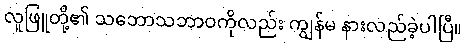
လူဖြူတို့၏ သဘောသဘာဝကိုလည်း ကျွန်မ နားလည်ခဲ့ပါပြီ။